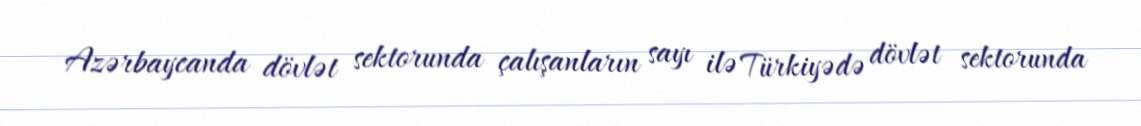
Azərbaycanda dövlət sektorunda çalışanların sayı ilə Türkiyədə dövlət sektorunda